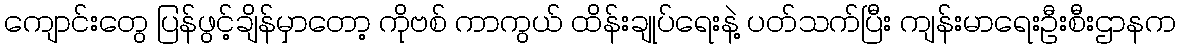
ကျောင်းတွေ ပြန်ဖွင့်ချိန်မှာတော့ ကိုဗစ် ကာကွယ် ထိန်းချုပ်ရေးနဲ့ ပတ်သက်ပြီး ကျန်းမာရေးဦးစီးဌာနက